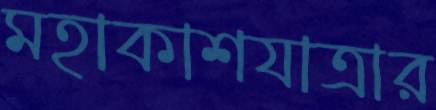
মহাকাশযাত্রার